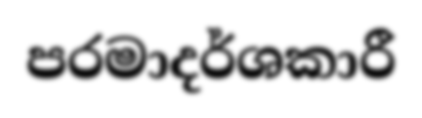
පරමාදර්ශකාරී